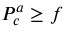
P _ { c } ^ { a } \ge f